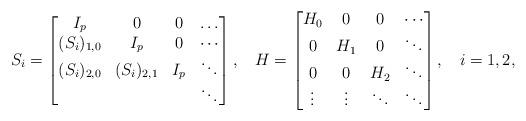
LaTeX: \begin{align*}S_i&=\begin{bmatrix}I_p&0&0&\dots\\(S_i)_{1,0}& I_p&0&\cdots\\(S_i)_{2,0}& (S_i)_{2,1}&I_p&\ddots\\&&&\ddots\end{bmatrix}, &H&=\begin{bmatrix}H_0&0&0&\cdots\\0&H_1&0&\ddots\\0&0& H_2&\ddots\\\vdots&\vdots&\ddots&\ddots\end{bmatrix}, & i&=1,2,\end{align*}